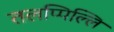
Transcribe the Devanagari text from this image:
तलप्पिल्लि